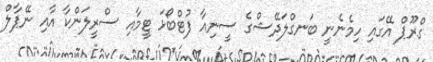
ގްރޫޕް އޭގައި ހިމެނެނީ ބަނގްލަދޭޝްގެ ސީނިއާ ފުޓްބޯޅަ ޓީމާއި ސްރީލަންކާ އާއި ނޭޕާލް